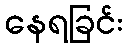
နေရခြင်း